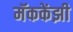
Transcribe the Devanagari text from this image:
मॅककेंझी